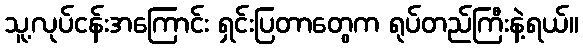
သူ့လုပ်ငန်းအကြောင်း ရှင်းပြတာတွေက ရုပ်တည်ကြီးနဲ့ရယ်။